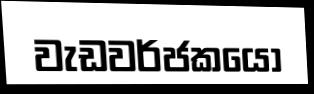
වැඩවර්ජකයෝ